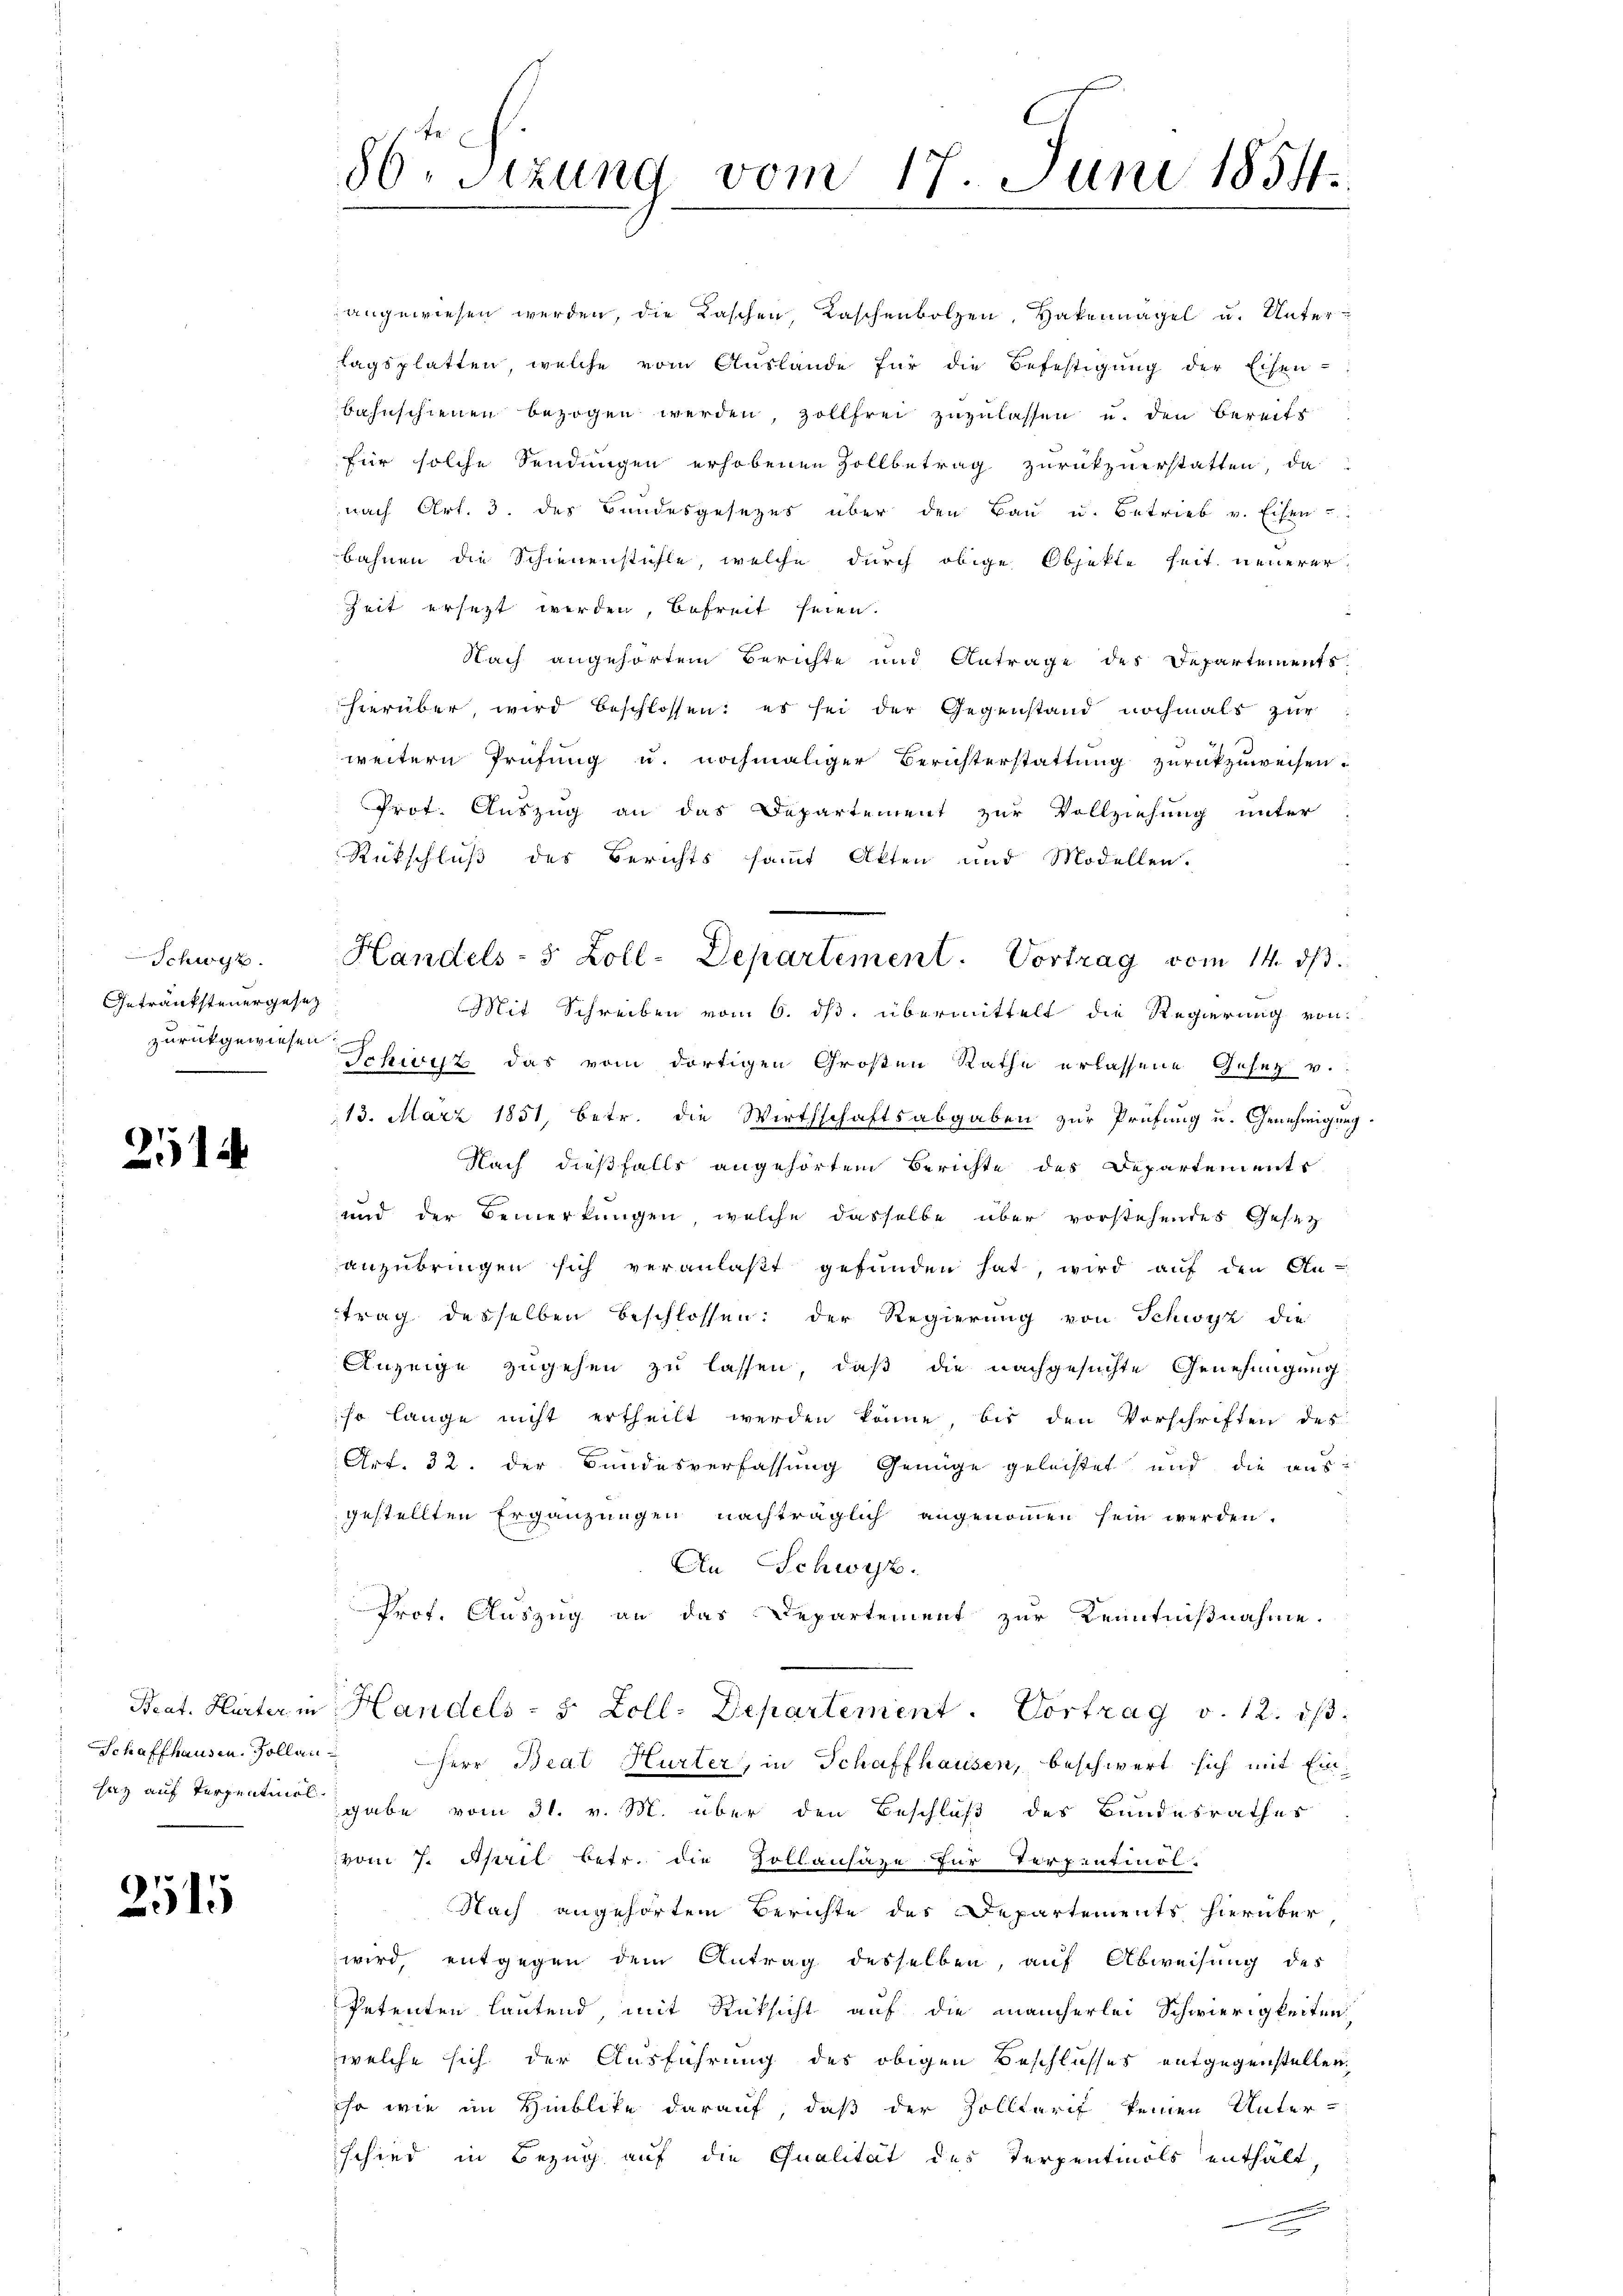
Schwyz.
Getränksteuergesetz
zurückgewiesen

7 x
c
2014

2515

86. Sizung vom 17. Juni 1854.

angewiesen werden, die Laschen, Kaschenbotzen, Hakenagel u. Untertagsplatten, welche vom Auslande für die Befestigung der Eisen-
bahnschienen bezogen werden, zollfrei zuzulassen u. den bereits
für solche Sendungen erhobenen Zollbetrag zurückzuerstatten, da
nach Art. 3. des Bundesgesezes über den Bau u. Betrieb v. Eisen
3
bahnen die Schienenstühle, welche durch obige Objekte seit neuerer
Zeit ersezt werden, befreit seien.
Nach angehörtem Berichte und Antrage des Departements
hierüber, wird beschlossen: es sei der Gegenstand nochmals zur
weitern Prüfung u. nochmaliger Berichterstattung zurückzuweisen.
Prot. Auszug an das Departement zur Vollziehung unter
Rückschluß des Berichts sammt Akten und Modellen.
Mit Schreiben vom 6. ds. übermittelt die Regierung von
Schwyz das vom dortigen Großen Rathe erlassene Gesetz v.
113. März 1851, betr. die Wirthschaftsabgaben zur Prüfung u. Genehmigung.
Nach dießfalls angehörtem Berichte des Departements
und der Bemerkungen, welche dasselbe über vorstehendes Gesetz
anzubringen sich veranlaßt gefunden hat, wird auf den An-
trag desselben beschlossen: der Regierung von Schwyz die
Anzeige zugehen zu lassen, daß die nachgesuchte Genehmigung
so lange nicht ertheilt werden könne, bis den Vorschriften des
Art. 32. der Bundesverfassung Genüge gelachtet und die aus-
gestellten Ergänzungen nachträglich angenommen sein werden.
An Schwyz.
Prot. Auszug an das Departement zur Kenntnißnahme.
Beat. Hurter in Handels- 5 Zoll. Departement. Vortrag v. 12. ist.
Schaffhausen. Sollen Herr Beat Hurter, in Schaffhausen, beschwert sich mit Einsaz auf Terpentin gabe vom 31. v. M. über den Beschluß des Bundesrathes
vom 7. April betr. die Zollansäze für Terpentinol-
Nach angehörtem Berichte des Departements hierüber,
wird, entgegen dem Antrag desselben, auf Abweisung des
Petenten lautend, mit Rücksicht auf die mancherlei Schwierigkeiten
welche sich der Ausführung des obigen Beschlusses entgegenstellen,
ihr wie im Hinblicke darauf, daß der Zolltarif keinen Unter-
schied in Bezug auf die Qualität des Terpentials enthält,
unnern eine nennung
d

Handels- 5 Zoll-Departement. Vortrag vom 14. ds.